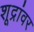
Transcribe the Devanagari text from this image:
शूद्रांवर